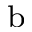
^ \mathrm { b }